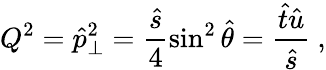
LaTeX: Q^{2}=\hat{p}_{\perp}^{2}=\frac{\hat{s}}{4}\sin^{2}\hat{\theta}=\frac{\hat{t}\hat{u}}{\hat{s}}~,